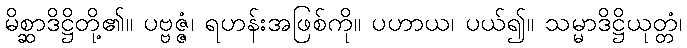
မိစ္ဆာဒိဋ္ဌိတို့၏။ ပဗ္ဗဇ္ဇံ၊ ရဟန်းအဖြစ်ကို။ ပဟာယ၊ ပယ်၍။ သမ္မာဒိဋ္ဌိယုတ္တံ၊